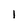
Character: l